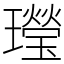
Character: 㼆